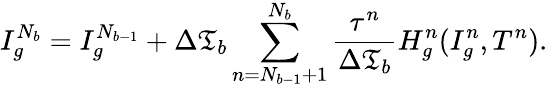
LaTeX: I_{g}^{N_{b}}=I_{g}^{N_{b-1}}+\Delta\mathfrak{T}_{b}\sum_{n=N_{b-1}+1}^{N_{b}}\frac{\tau^{n}}{\Delta\mathfrak{T}_{b}}H_{g}^{n}(I_{g}^{n},T^{n}).